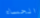
الحساء